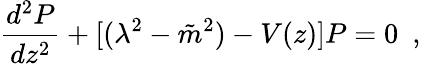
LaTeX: \frac{d^{2}P}{dz^{2}}+[(\lambda^{2}-{\tilde{m}}^{2})-V(z)]P=0~~,